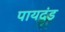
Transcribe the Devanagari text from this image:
पायदंड